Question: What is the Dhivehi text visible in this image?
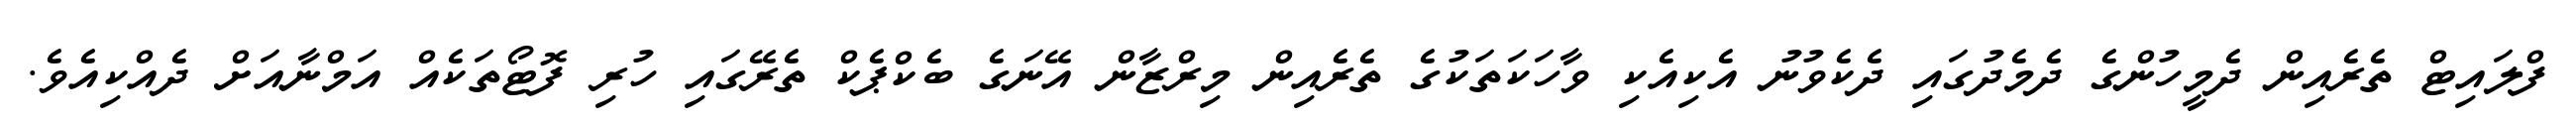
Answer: ފްލައިޓް ތެރެއިން ދެމީހުންގެ ދެމެދުގައި ދެކެވުނު އެކިއެކި ވާހަކަތަކުގެ ތެރެއިން މިރްޒާން އޭނަގެ ބެކްޕެކް ތެރޭގައި ހުރި ފޮޓޯތަކެއް އަމްނާއަށް ދެއްކިއެވެ.